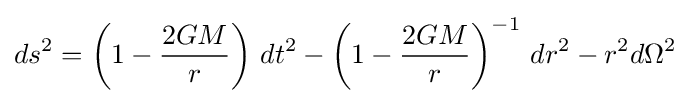
ds^{2}=\left(1-{\frac {2GM}{r}}\right)\,dt^{2}-\left(1-{\frac {2GM}{r}}\right)^{-1}\,dr^{2}-r^{2}d\Omega ^{2}